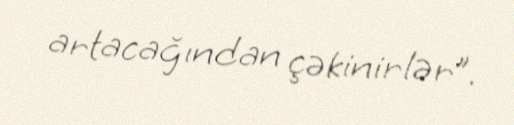
artacağından çəkinirlər”.